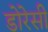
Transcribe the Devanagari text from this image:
डोरेसी